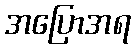
အပြောအရ